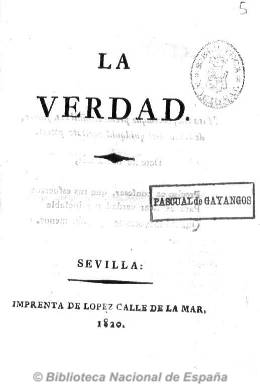
Título: La Verdad (Sevilla)
Colección: Revistas de información general
Ámbito geográfico: Sevilla
Lugar de publicación: Sevilla
Fechas: 01/01/1820-31/12/1820

Publicación sin periodicidad conocida del que se conservan tres números procedentes de la colección de Pascual de Gayangos. Se trata de un papel político encuadrado en el trienio liberal en cuyo frontispicio aparece siempre un verso latino, tras el cual se presenta un discurso y diálogo intimista entre personajes ficticios –don Luis, hermano Cirilo y Eduardo- para discutir sobre la educación ciudadana y las ventajas de la ilustración, entre otros asuntos, utilizando a veces recursos literarios clásicos, y terminando con un poema en octava, y en el que se aprecia la alta instrucción de su autor. Entre 14 y 16 páginas, el primer número salió de la imprenta de López, y los dos restantes impresos por la viuda de Vázquez y Compañía.